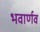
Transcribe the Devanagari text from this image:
भवार्णव